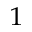
^ { 1 }